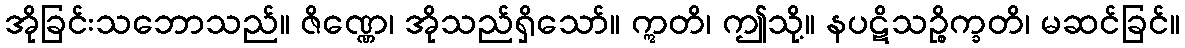
အိုခြင်းသဘောသည်။ ဇိဏ္ဏေ၊ အိုသည်ရှိသော်။ ဣတိ၊ ဤသို့။ နပဋိသဉ္စိက္ခတိ၊ မဆင်ခြင်။